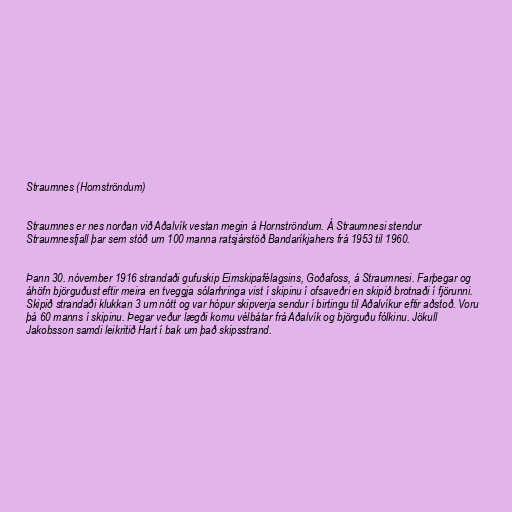
Straumnes (Hornströndum)

Straumnes er nes norðan við Aðalvík vestan megin á Hornströndum. Á Straumnesi stendur
Straumnesfjall þar sem stóð um 100 manna ratsjárstöð Bandaríkjahers frá 1953 til 1960.

Þann 30. nóvember 1916 strandaði gufuskip Eimskipafélagsins, Goðafoss, á Straumnesi. Farþegar og
áhöfn björguðust eftir meira en tveggja sólarhringa vist í skipinu í ofsaveðri en skipið brotnaði í fjörunni.
Skipið strandaði klukkan 3 um nótt og var hópur skipverja sendur í birtingu til Aðalvíkur eftir aðstoð. Voru
þá 60 manns í skipinu. Þegar veður lægði komu vélbátar frá Aðalvík og björguðu fólkinu. Jökull
Jakobsson samdi leikritið Hart í bak um það skipsstrand.